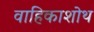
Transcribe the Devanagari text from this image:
वाहिकाशोथ